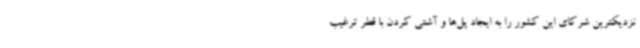
نزدیکترین شرکای این کشور را به ایجاد پل‌ها و آشتی کردن با قطر ترغیب